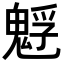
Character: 𩳎